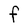
Character: F